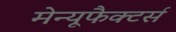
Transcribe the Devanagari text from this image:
मेन्यूफैक्टर्स